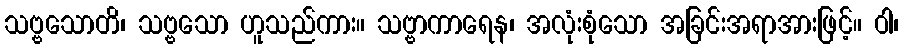
သဗ္ဗသောတိ၊ သဗ္ဗသော ဟူသည်ကား။ သဗ္ဗာကာရေန၊ အလုံးစုံသော အခြင်းအရာအားဖြင့်။ ဝါ၊